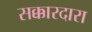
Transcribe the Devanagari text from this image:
सक्कारदारा